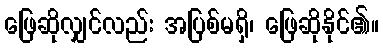
ဖြေဆိုလျှင်လည်း အပြစ်မရှိ၊ ဖြေဆိုနိုင်၏။